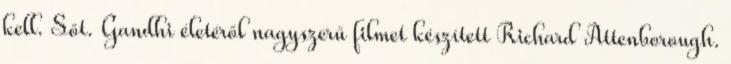
kell. Sőt. Gandhi életéről nagyszerű filmet készített Richard Attenborough.